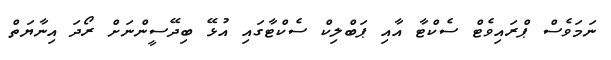
ނަމަވެސް ޕްރައިވެޓް ސެކްޓާ އާއި ޕަބްލިކް ސެކްޓާގައި އުޅޭ ބިދޭސީންނަށް ރޯދަ އިނާޔަތް